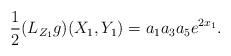
LaTeX: \begin{align*} \frac{1}{2} (L_{Z_1} g)(X_1,Y_1)= a_1a_3a_5 e^{2 x_1}.\end{align*}